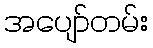
အပျော်တမ်း